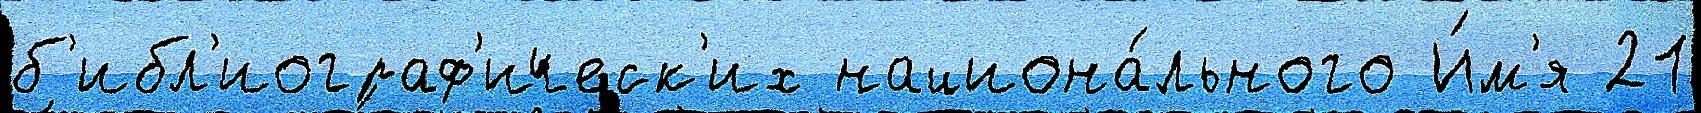
б'ибл'иограф'ическ'их национа́льного И́м'я 21